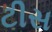
ટીસ